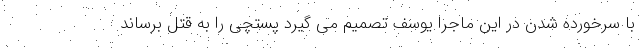
با سرخورده شدن در این ماجرا یوسف تصمیم می گیرد پستچی را به قتل برساند